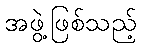
အဖွဲ့ဖြစ်သည့်